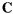
C